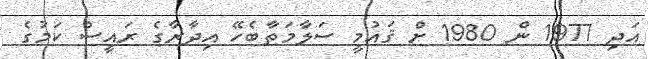
އަދި 1977 ން 1980 ށް ޤައުމީ ސަލާމަތާބެހޭ އިދާރާގެ ރައީސް ކަމުގެ